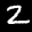
Label: 2